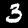
Label: 3